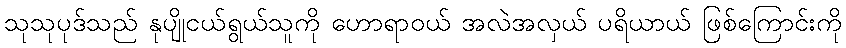
သုသုပုဒ်သည် နုပျိုငယ်ရွယ်သူကို ဟောရာဝယ် အလဲအလှယ် ပရိယာယ် ဖြစ်ကြောင်းကို